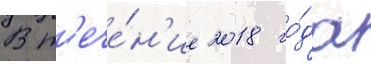
В т'ече́н'ие 2018 го́да